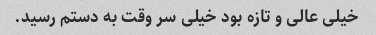
خیلی عالی و تازه بود خیلی سر وقت به دستم رسید.